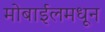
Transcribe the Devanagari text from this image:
मोबाईलमधून